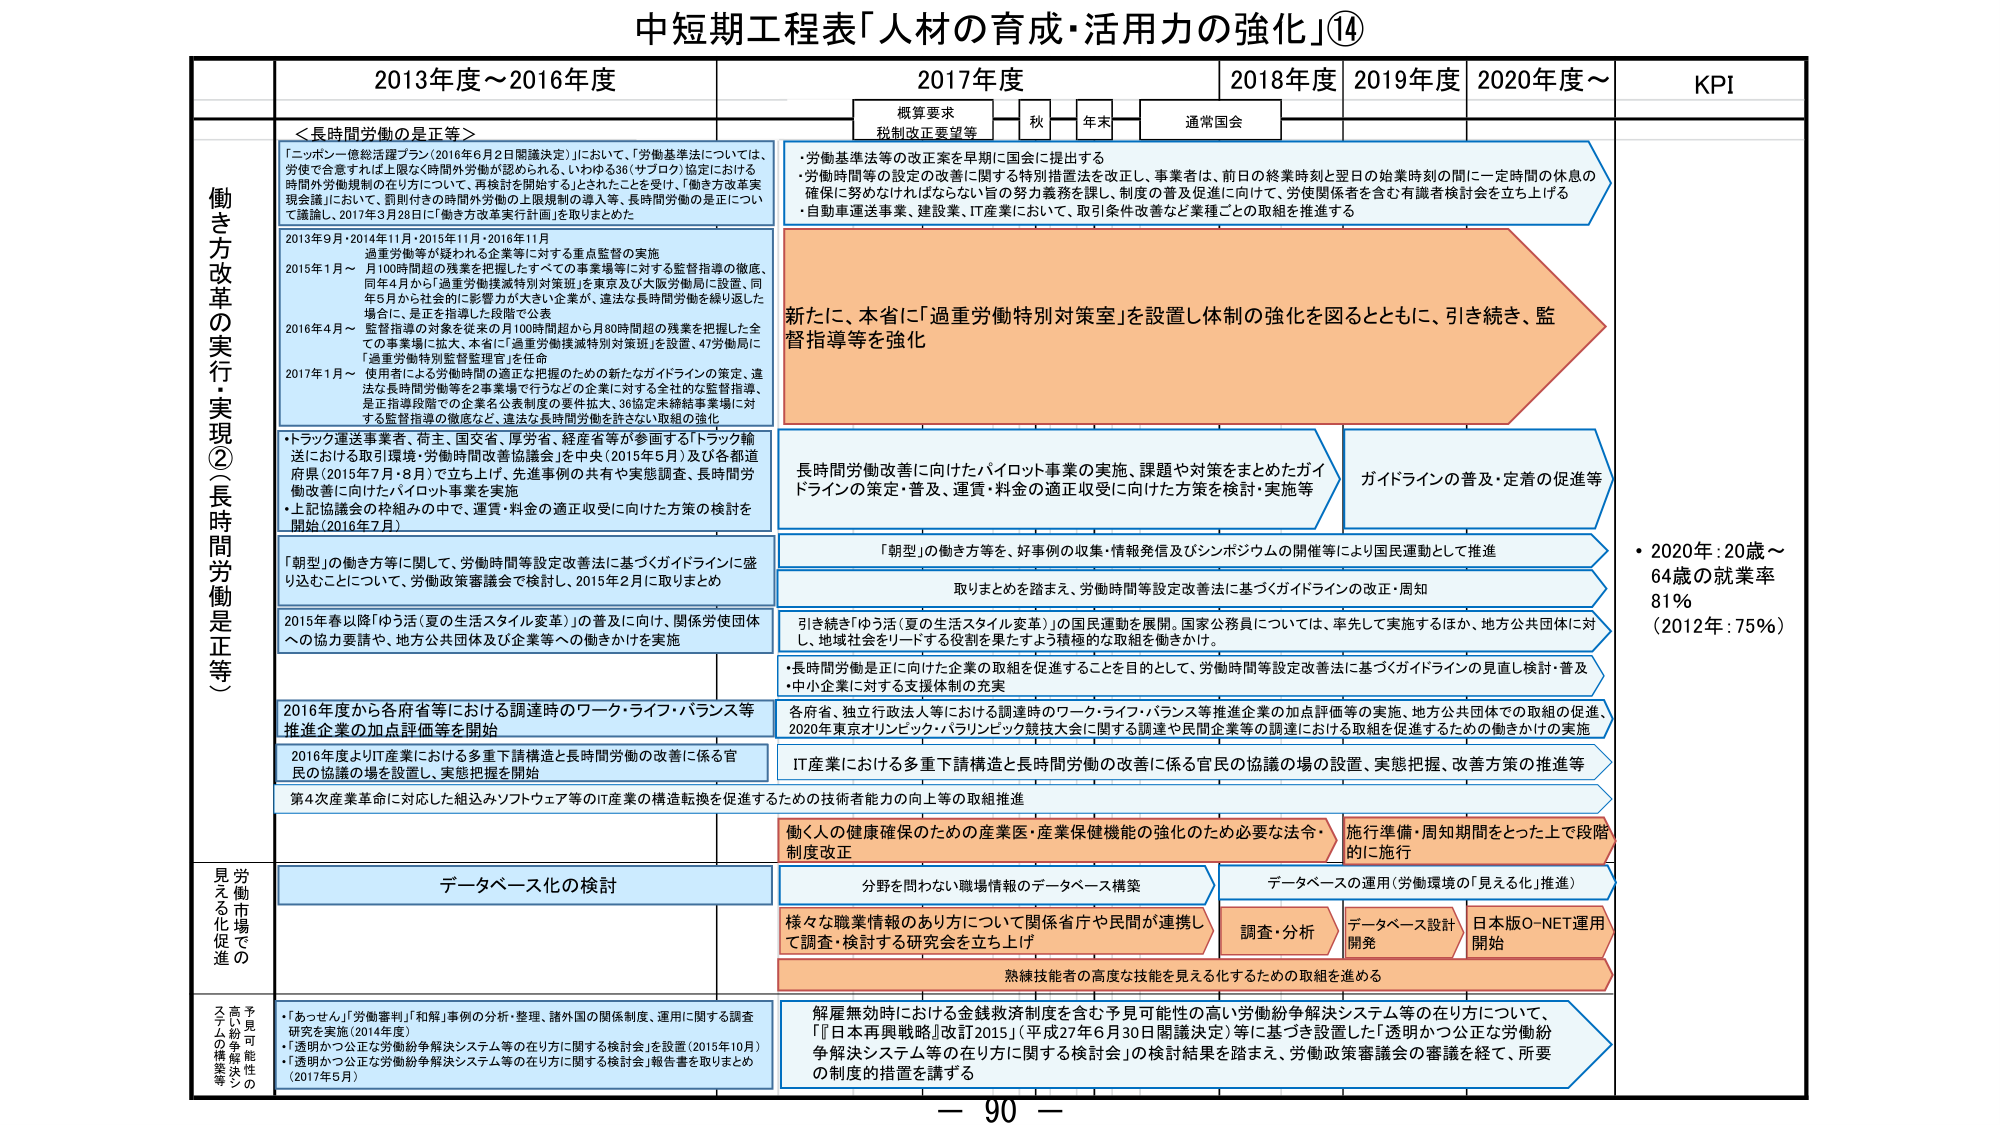
中短期工程表「人材の育成・活用力の強化」⑭

2013年度～2016年度
2017年度
2018年度
2019年度
2020年度～
KPI

概算要求
税制改正要望等
秋
年末
通常国会

働き方改革の実行・実現②（長時間労働是正等）

＜長時間労働の是正等＞
「ニッポン一億総活躍プラン（2016年6月2日閣議決定）」において、「労働基準法については、
労使で合意すれば上限なく時間外労働が認められる、いわゆる36（サブロク）協定における
時間外労働規制の在り方について、再検討を開始する」とされたことを受け、「働き方改革実
現会議」において、罰則付きの時間外労働の上限規制の導入等、長時間労働の是正について
議論し、2017年3月28日に「働き方改革実行計画」を取りまとめた

2013年9月・2014年11月・2015年11月
過重労働等が疑われる企業等に対する重点監督の実施
2015年1月～
月100時間超の残業を把握したすべての事業場等に対する監督指導の徹底、
同年4月から「過重労働撲滅特別対策班」を東京及び大阪労働局に設置、同年
5月から社会的に影響が大きい企業が、違法な長時間労働を繰り返した
場合に、是正を指導した段階で公表
2016年4月～
監督指導の対象を従来の月100時間超から月80時間超の残業を把握した全
ての事業場に拡大、本省に「過重労働撲滅特別対策班」を設置、47労働局に
「過重労働特別監督監理官」を任命
2017年1月～
使用者による労働時間の適正な把握のための新たなガイドラインの策定、違
法な長時間労働等を2事業場で行うなどの企業に対する全社的な監督指導、
是正指導段階での企業名公表制度の要件拡大、36協定未締結事業場に対
する監督指導の徹底など、違法な長時間労働を許さない取組の強化

・トラック運送事業者、荷主、国交省、厚労省、経産省等が参画する「トラック輸
送における取引環境・労働時間改善協議会」を中央（2015年5月）及び各都道
府県（2015年7月・8月）で立ち上げ、先進事例の共有や実態調査、長時間労
働改善に向けたパイロット事業を実施
・上記協議会の枠組みの中で、運賃・料金の適正収受に向けた方策の検討を
開始（2016年7月）

「朝型」の働き方等に関して、労働時間等設定改善法に基づくガイドラインに盛
り込むことについて、労働政策審議会で検討し、2015年2月に取りまとめ

2015年春以降「ゆう活（夏の生活スタイル変革）」の普及に向け、関係労使団体
への協力要請や、地方公共団体及び企業等への働きかけを実施

2016年度から各府省等における調達時のワーク・ライフ・バランス等
推進企業の加点評価等を開始

2016年度よりIT産業における多重下請構造と長時間労働の改善に係る官
民の協議の場を設置し、実態把握を開始

第4次産業革命に対応した組込みソフトウェア等のIT産業の構造転換を促進するための技術者能力の向上等の取組推進

・労働基準法等の改正案を早期に国会に提出する
・労働時間等の設定の改善に関する特別措置法を改正し、事業者は、前日の終業時刻と翌日の始業時刻の間に一定時間の休息の
確保に努めなければならない旨の努力義務を課し、制度の普及促進に向けて、労使関係者を含む有識者検討会を立ち上げる
・自動車運送事業、建設業、IT産業において、取引条件改善など業種ごとの取組を推進する

新たに、本省に「過重労働特別対策室」を設置し体制の強化を図るとともに、引き続き、監
督指導等を強化

長時間労働改善に向けたパイロット事業の実施、課題や対策をまとめたガイ
ドラインの策定・普及・運営・料金の適正収受に向けた方策を検討・実施等

ガイドラインの普及・定着の促進等

「朝型」の働き方等を、好事例の収集・情報発信及びシンポジウムの開催等により国民運動として推進

取りまとめを踏まえ、労働時間等設定改善法に基づくガイドラインの改正・周知

引き続き「ゆう活（夏の生活スタイル変革）」の国民運動を展開。国家公務員については、率先して実施するほか、地方公共団体に対
し、地域社会をリードする役割を果たすよう積極的な取組を働きかけ。

・長時間労働是正に向けた企業の取組を促進することを目的として、労働時間等設定改善法に基づくガイドラインの見直し検討・普及
・中小企業に対する支援体制の充実

各府省、独立行政法人等における調達時のワーク・ライフ・バランス等推進企業の加点評価等の実施、地方公共団体での取組の促進、
2020年東京オリンピック・パラリンピック競技大会に関する調達や民間企業等の調達における取組を促進するための働きかけの実施

IT産業における多重下請構造と長時間労働の改善に係る官民の協議の場の設置、実態把握、改善方策の推進等

働く人の健康確保のための産業医・産業保健機能の強化のため必要な法令・
制度改正

施行準備・周知期間をとった上で段階
的に施行

データベース化の検討

分野を問わない職場情報のデータベース構築

データベースの運用（労働環境の「見える化」推進）

様々な職業情報のあり方について関係省庁や民間が連携し
て調査・検討する研究会を立ち上げ

調査・分析

データベース設計
開発

日本版O-NET運用
開始

熟練技能者の高度な技能を見える化するための取組を進める

労働市場の
見える化促進

予見可能性の
高さ・効率性
・スキルの
獲得等

・「あっせん」「労働審判」「和解」事例の分析・整理、諸外国の関係制度、運用に関する調査
研究を実施（2014年度）
・「透明かつ公正な労働紛争解決システム等の在り方に関する検討会」を設置（2015年10月）
・「透明かつ公正な労働紛争解決システム等の在り方に関する検討会」報告書を取りまとめ
（2017年5月）

解雇無効時における金銭救済制度を含む予見可能性の高い労働紛争解決システム等の在り方について、
「『日本再興戦略』改訂2015」（平成27年6月30日閣議決定）等に基づき設置した「透明かつ公正な労働紛
争解決システム等の在り方に関する検討会」の検討結果を踏まえ、労働政策審議会の審議を経て、所要
の制度的措置を講ずる

・2020年：20歳～
64歳の就業率
81％
（2012年：75％）

－ 90 －